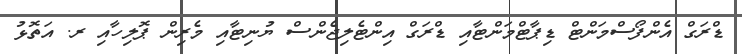
ޑްރަގް އެންފޯސްމަންޓް ޑިޕާޓްމަންޓާއި ޑްރަގް އިންޓެލިޖެންސް ޔުނިޓާއި މެރިން ޕޮލިހާއި ރ. އަތޮޅު